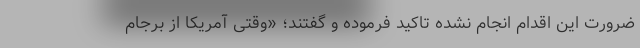
ضرورت این اقدام انجام نشده تاکید فرموده و گفتند؛ «وقتی آمریکا از برجام